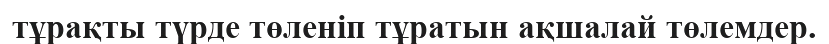
тұрақты түрде төленіп тұратын ақшалай төлемдер.